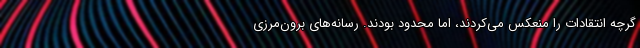
گرچه انتقادات را منعکس می‌کردند، اما محدود بودند. رسانه‌های برون‌مرزی